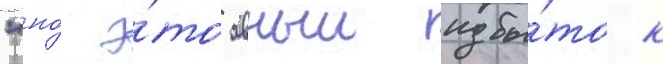
"но́ э́то явныи избы́ток